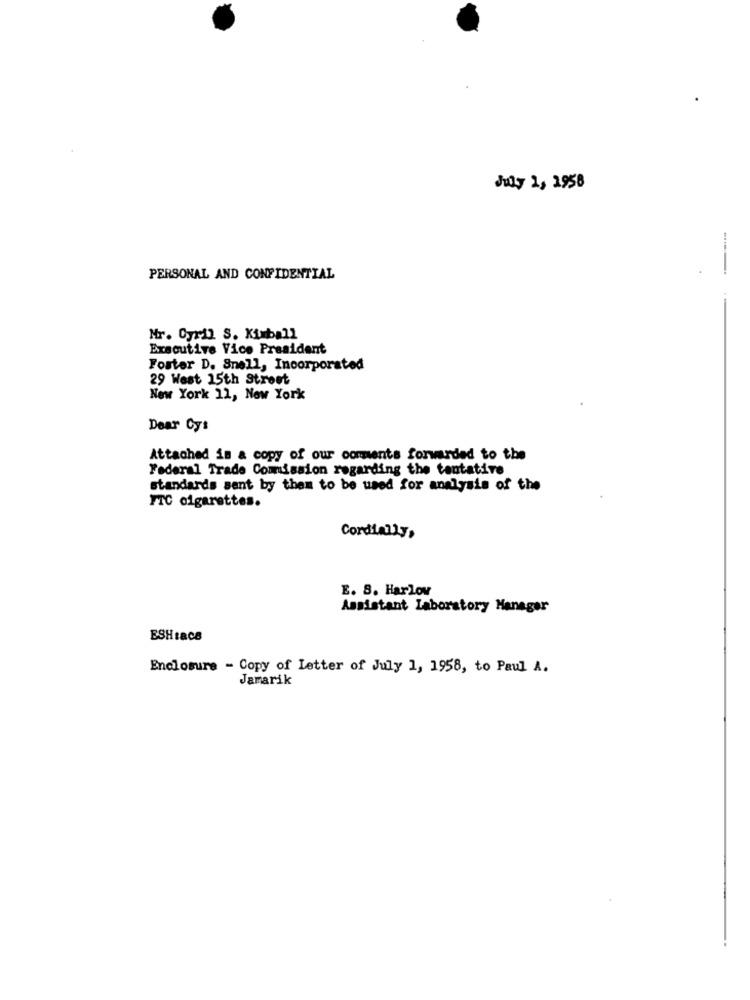
July 1, 1958
PERSONAL AND CONFIDENTIAL
Mr. Cyril S. Kimball
Executive Vice President
Foster D. Snell, Incorporated
29 West 15th Street
New York 11, New York
Dear Cy:
Attached is a copy of our comments forwarded to the
Federal Trade Commission regarding the tentative
standards sent by them to be used for analysis of the
FTC cigarettes.
Cordially,
E. 8. Harlov
Assistant Laboratory Manager
ESHta08
Enclosure - Copy of Letter of July 1, 1958, to Paul A.
Jamarik